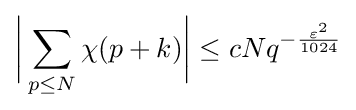
{\biggl |}\sum \limits _{p\leq N}\chi (p+k){\biggr |}\leq cNq^{-{\frac {\varepsilon ^{2}}{1024}}}